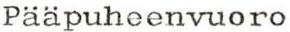
Pääpuheenvuoro